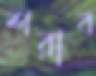
শরাব